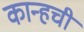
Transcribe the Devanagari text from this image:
कान्हची